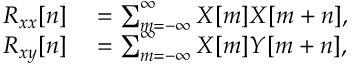
\begin{array} { r l } { R _ { x x } [ n ] } & { { } = \sum _ { m = - \infty } ^ { \infty } X [ m ] X [ m + n ] , } \\ { R _ { x y } [ n ] } & { { } = \sum _ { m = - \infty } ^ { \infty } X [ m ] Y [ m + n ] , } \end{array}